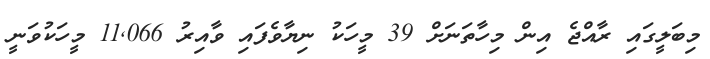
މިބަލީގައި ރާއްޖެ އިން މިހާތަނަށް 39 މީހަކު ނިޔާވެފައި ވާއިރު 11